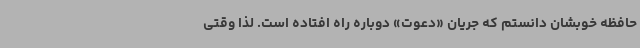
حافظه خوبشان دانستم که جریان «دعوت» دوباره راه افتاده است. لذا وقتی